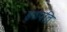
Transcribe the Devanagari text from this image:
हठपति